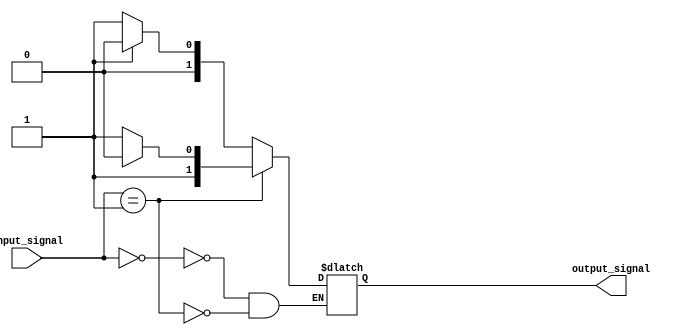
module case_if_else (
    input wire [3:0] input_signal,
    output reg [1:0] output_signal
);

always @(*)
begin
    case (input_signal)
        4'b0000: begin
            if (condition1) begin
                output_signal <= 2'b00;
            end
            else begin
                output_signal <= 2'b01;
            end
        end

        4'b0001: begin
            if (condition2) begin
                output_signal <= 2'b10;
            end
            else begin
                output_signal <= 2'b11;
            end
        end

        // Add more conditions as needed

    endcase
end

endmodule